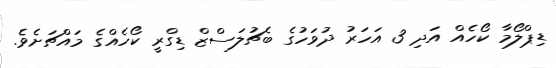
ޑިޕްލޯމާ ކޯހެއް އަދި 3 އަހަރު ދުވަހުގެ ބެޗުލަސްޒް ޑިގްރީ ކޯހެއްގެ މައްޗަށެވެ.